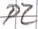
Text: P2